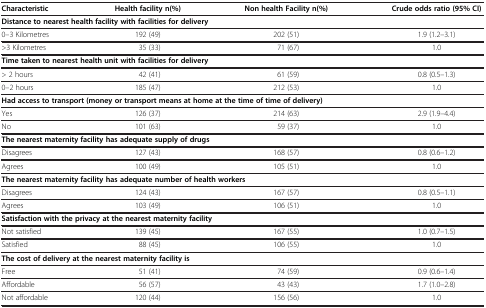
<table><thead><tr><td><b>Characteristic</b></td><td><b>Health facility n(%)</b></td><td><b>Non health Facility n(%)</b></td><td><b>Crude odds ratio (95% CI)</b></td></tr></thead><tbody><tr><td colspan="4"><b>Distance to nearest health facility with facilities for delivery</b></td></tr><tr><td>0–3 Kilometres</td><td>192 (49)</td><td>202 (51)</td><td>1.9 (1.2–3.1)</td></tr><tr><td>&gt;3 Kilometres</td><td>35 (33)</td><td>71 (67)</td><td>1.0</td></tr><tr><td colspan="4"><b>Time taken to nearest health unit with facilities for delivery</b></td></tr><tr><td>&gt; 2 hours</td><td>42 (41)</td><td>61 (59)</td><td>0.8 (0.5–1.3)</td></tr><tr><td>0–2 hours</td><td>185 (47)</td><td>212 (53)</td><td>1.0</td></tr><tr><td colspan="4"><b>Had access to transport (money or transport means at home at the time of time of delivery)</b></td></tr><tr><td>Yes</td><td>126 (37)</td><td>214 (63)</td><td>2.9 (1.9–4.4)</td></tr><tr><td>No</td><td>101 (63)</td><td>59 (37)</td><td>1.0</td></tr><tr><td colspan="4"><b>The nearest maternity facility has adequate supply of drugs</b></td></tr><tr><td>Disagrees</td><td>127 (43)</td><td>168 (57)</td><td>0.8 (0.6–1.2)</td></tr><tr><td>Agrees</td><td>100 (49)</td><td>105 (51)</td><td>1.0</td></tr><tr><td colspan="4"><b>The nearest maternity facility has adequate number of health workers</b></td></tr><tr><td>Disagrees</td><td>124 (43)</td><td>167 (57)</td><td>0.8 (0.5–1.1)</td></tr><tr><td>Agrees</td><td>103 (49)</td><td>106 (51)</td><td>1.0</td></tr><tr><td colspan="4"><b>Satisfaction with the privacy at the nearest maternity facility</b></td></tr><tr><td>Not satisfied</td><td>139 (45)</td><td>167 (55)</td><td>1.0 (0.7–1.5)</td></tr><tr><td>Satisfied</td><td>88 (45)</td><td>106 (55)</td><td>1.0</td></tr><tr><td colspan="4"><b>The cost of delivery at the nearest maternity facility is</b></td></tr><tr><td>Free</td><td>51 (41)</td><td>74 (59)</td><td>0.9 (0.6–1.4)</td></tr><tr><td>Affordable</td><td>56 (57)</td><td>43 (43)</td><td>1.7 (1.0–2.8)</td></tr><tr><td>Not affordable</td><td>120 (44)</td><td>156 (56)</td><td>1.0</td></tr></tbody></table>